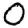
Digit: 0